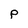
Character: P